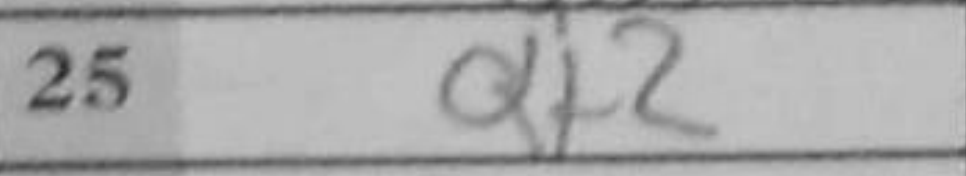
Transcription: Qf2